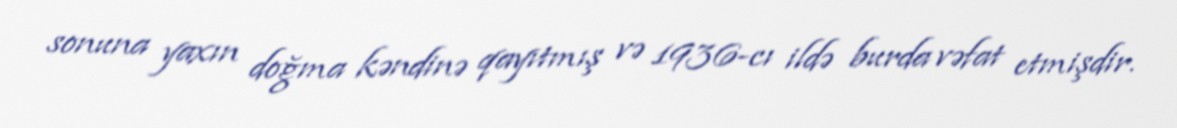
sonuna yaxın doğma kəndinə qayıtmış və 1936-cı ildə burda vəfat etmişdir.